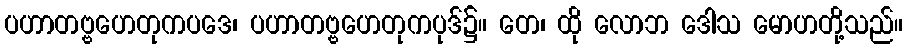
ပဟာတဗ္ဗဟေတုကပဒေ၊ ပဟာတဗ္ဗဟေတုကပုဒ်၌။ တေ၊ ထို လောဘ ဒေါသ မောဟတို့သည်။